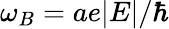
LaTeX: \omega_{B}=ae|E|/\hbar